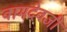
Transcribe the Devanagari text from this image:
वामदेवजी